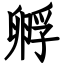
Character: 孵